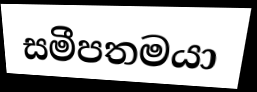
සමීපතමයා